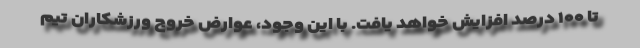
تا ۱۰۰ درصد افزایش خواهد یافت. با این وجود، عوارض خروج ورزشکاران تیم